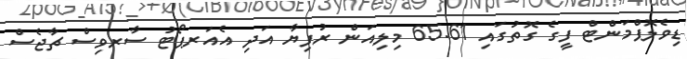
ޑިވެލޮޕްމަންޓް ފީގެ ގޮތުގައި 65.61 މިލިއަން ރުފިޔާ އަދި އެއަރޕޯޓު ސާރވިސް ޗާޖެސް